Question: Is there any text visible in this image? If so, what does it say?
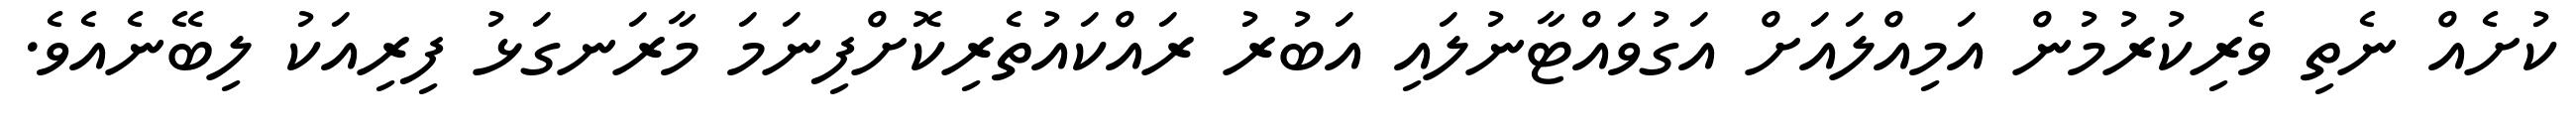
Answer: ކުށެއް ނެތި ވެރިކުރުމުން އަމިއްލައަށް އަގުވައްޓާނުލައި އަބުރު ރައްކައުތެރިކޮށްފިނަމަ މާރަނގަޅު ފިރިއަކު ލިބޭނެއެވެ.